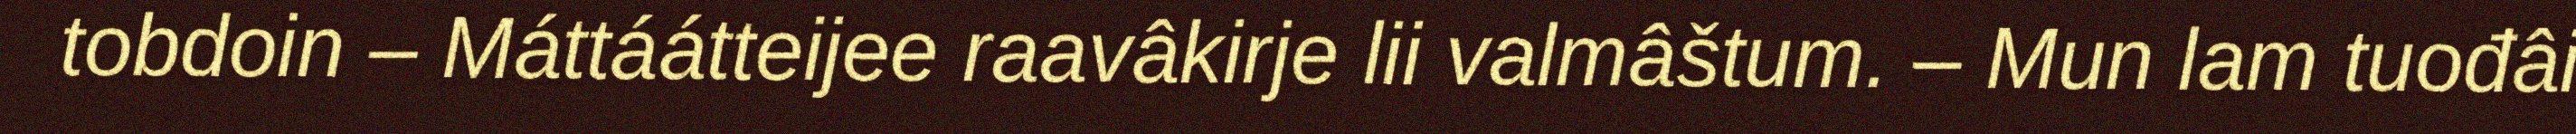
tobdoin – Máttáátteijee raavâkirje lii valmâštum. – Mun lam tuođâi